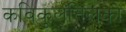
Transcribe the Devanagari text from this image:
कविकुलतिलको